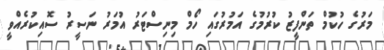
މަރުގެ ހުކުމް ތަންފީޒު ކުރުމުގެ އަމުރުގައި ހޯމް މިނިސްޓަރު އުމަރު ނަސީރު ސޮއިކުރެއްވީ